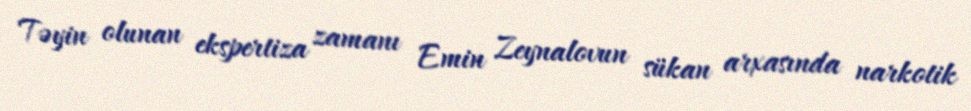
Təyin olunan ekspertiza zamanı Emin Zeynalovun sükan arxasında narkotik